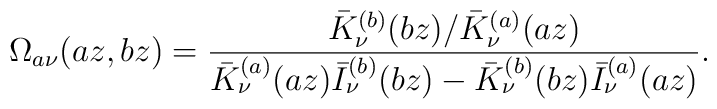
\Omega _{a\nu }(az,bz)=\frac{\bar{K}_{\nu }^{(b)}(bz)/\bar{K}_{\nu}^{(a)}(az)}{\bar{K}_{\nu }^{(a)}(az)\bar{I}_{\nu }^{(b)}(bz)-\bar{K}_{\nu}^{(b)}(bz)\bar{I}_{\nu }^{(a)}(az)}.